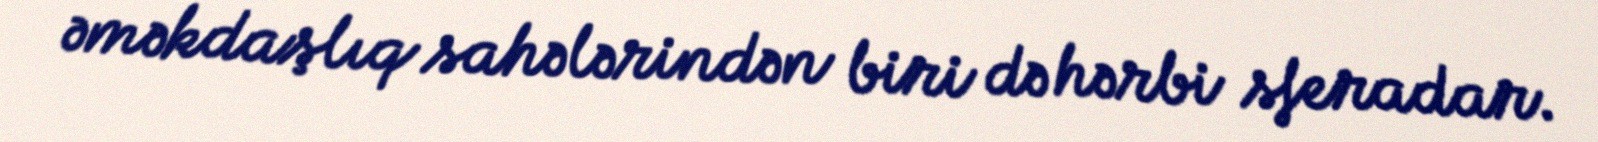
əməkdaşlıq sahələrindən biri də hərbi sferadar.